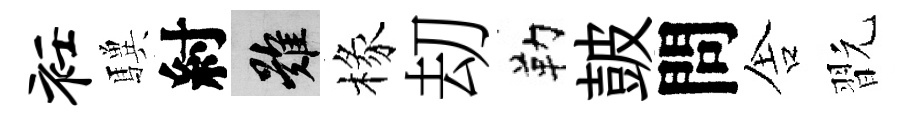
衽驥紂難椽刧勒皷問舎翫